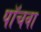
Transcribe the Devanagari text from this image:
पॉचवा